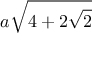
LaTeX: a { \sqrt { 4 + 2 { \sqrt { 2 } } } }